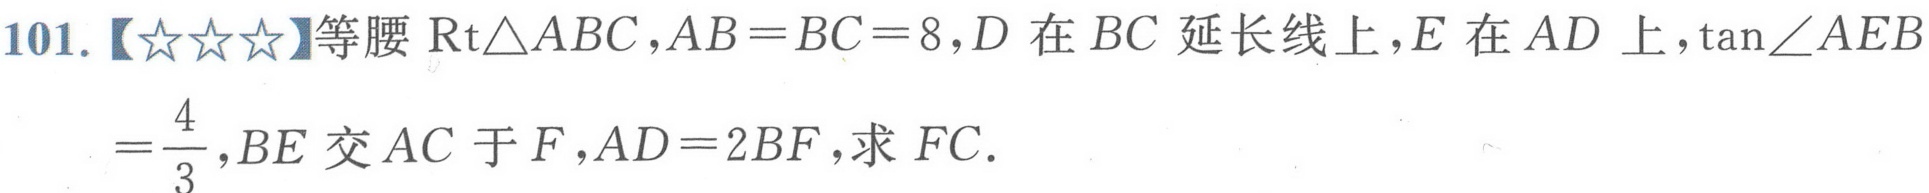
101.【★★★】等腰\(\text{Rt}\triangle ABC\)，\(AB = BC = 8\)，\(D\)在\(BC\)延长线上，\(E\)在\(AD\)上，\(\tan\angle AEB=\frac{4}{3}\)，\(BE\)交\(AC\)于\(F\)，\(AD = 2BF\)，求 \(FC\).